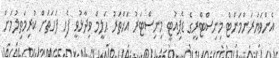
އެންވަޔަރަންމަންޓް މިނިސްޓްރީގެ ޑެޕިއުޓީ މިނިސްޓަރު އަޚްތަރު ޙަލީމް ވިދާޅުވީ ފެހި ފަހަތަށް ކުރިމަތިލުމަށް